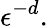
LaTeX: \epsilon^{-d}.